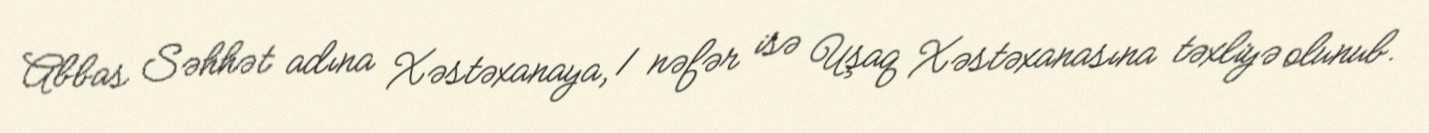
Abbas Səhhət adına Xəstəxanaya, 1 nəfər isə Uşaq Xəstəxanasına təxliyə olunub.